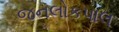
જનલોકપાલ